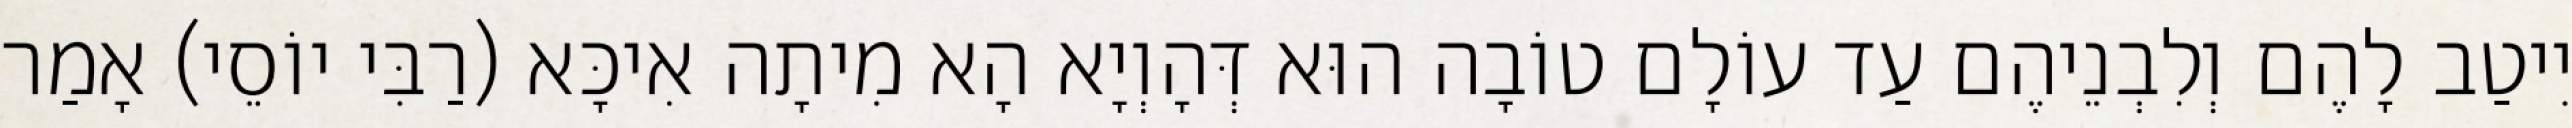
יִיטַב לָהֶם וְלִבְנֵיהֶם עַד עוֹלָם טוֹבָה הוּא דְּהָוְיָא הָא מִיתָה אִיכָּא (רַבִּי יוֹסֵי) אָמַר